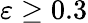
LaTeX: \varepsilon\geq 0.3